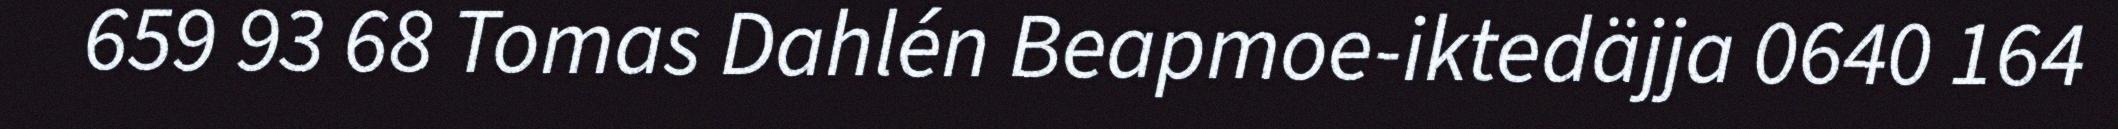
659 93 68 Tomas Dahlén Beapmoe-iktedäjja 0640 164